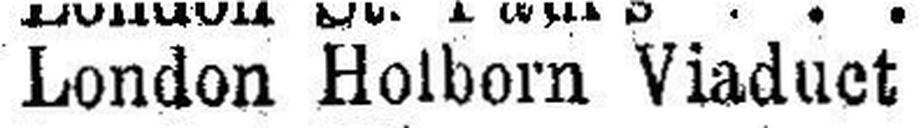
London Holborn Viaduet